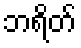
ဘရိတ်